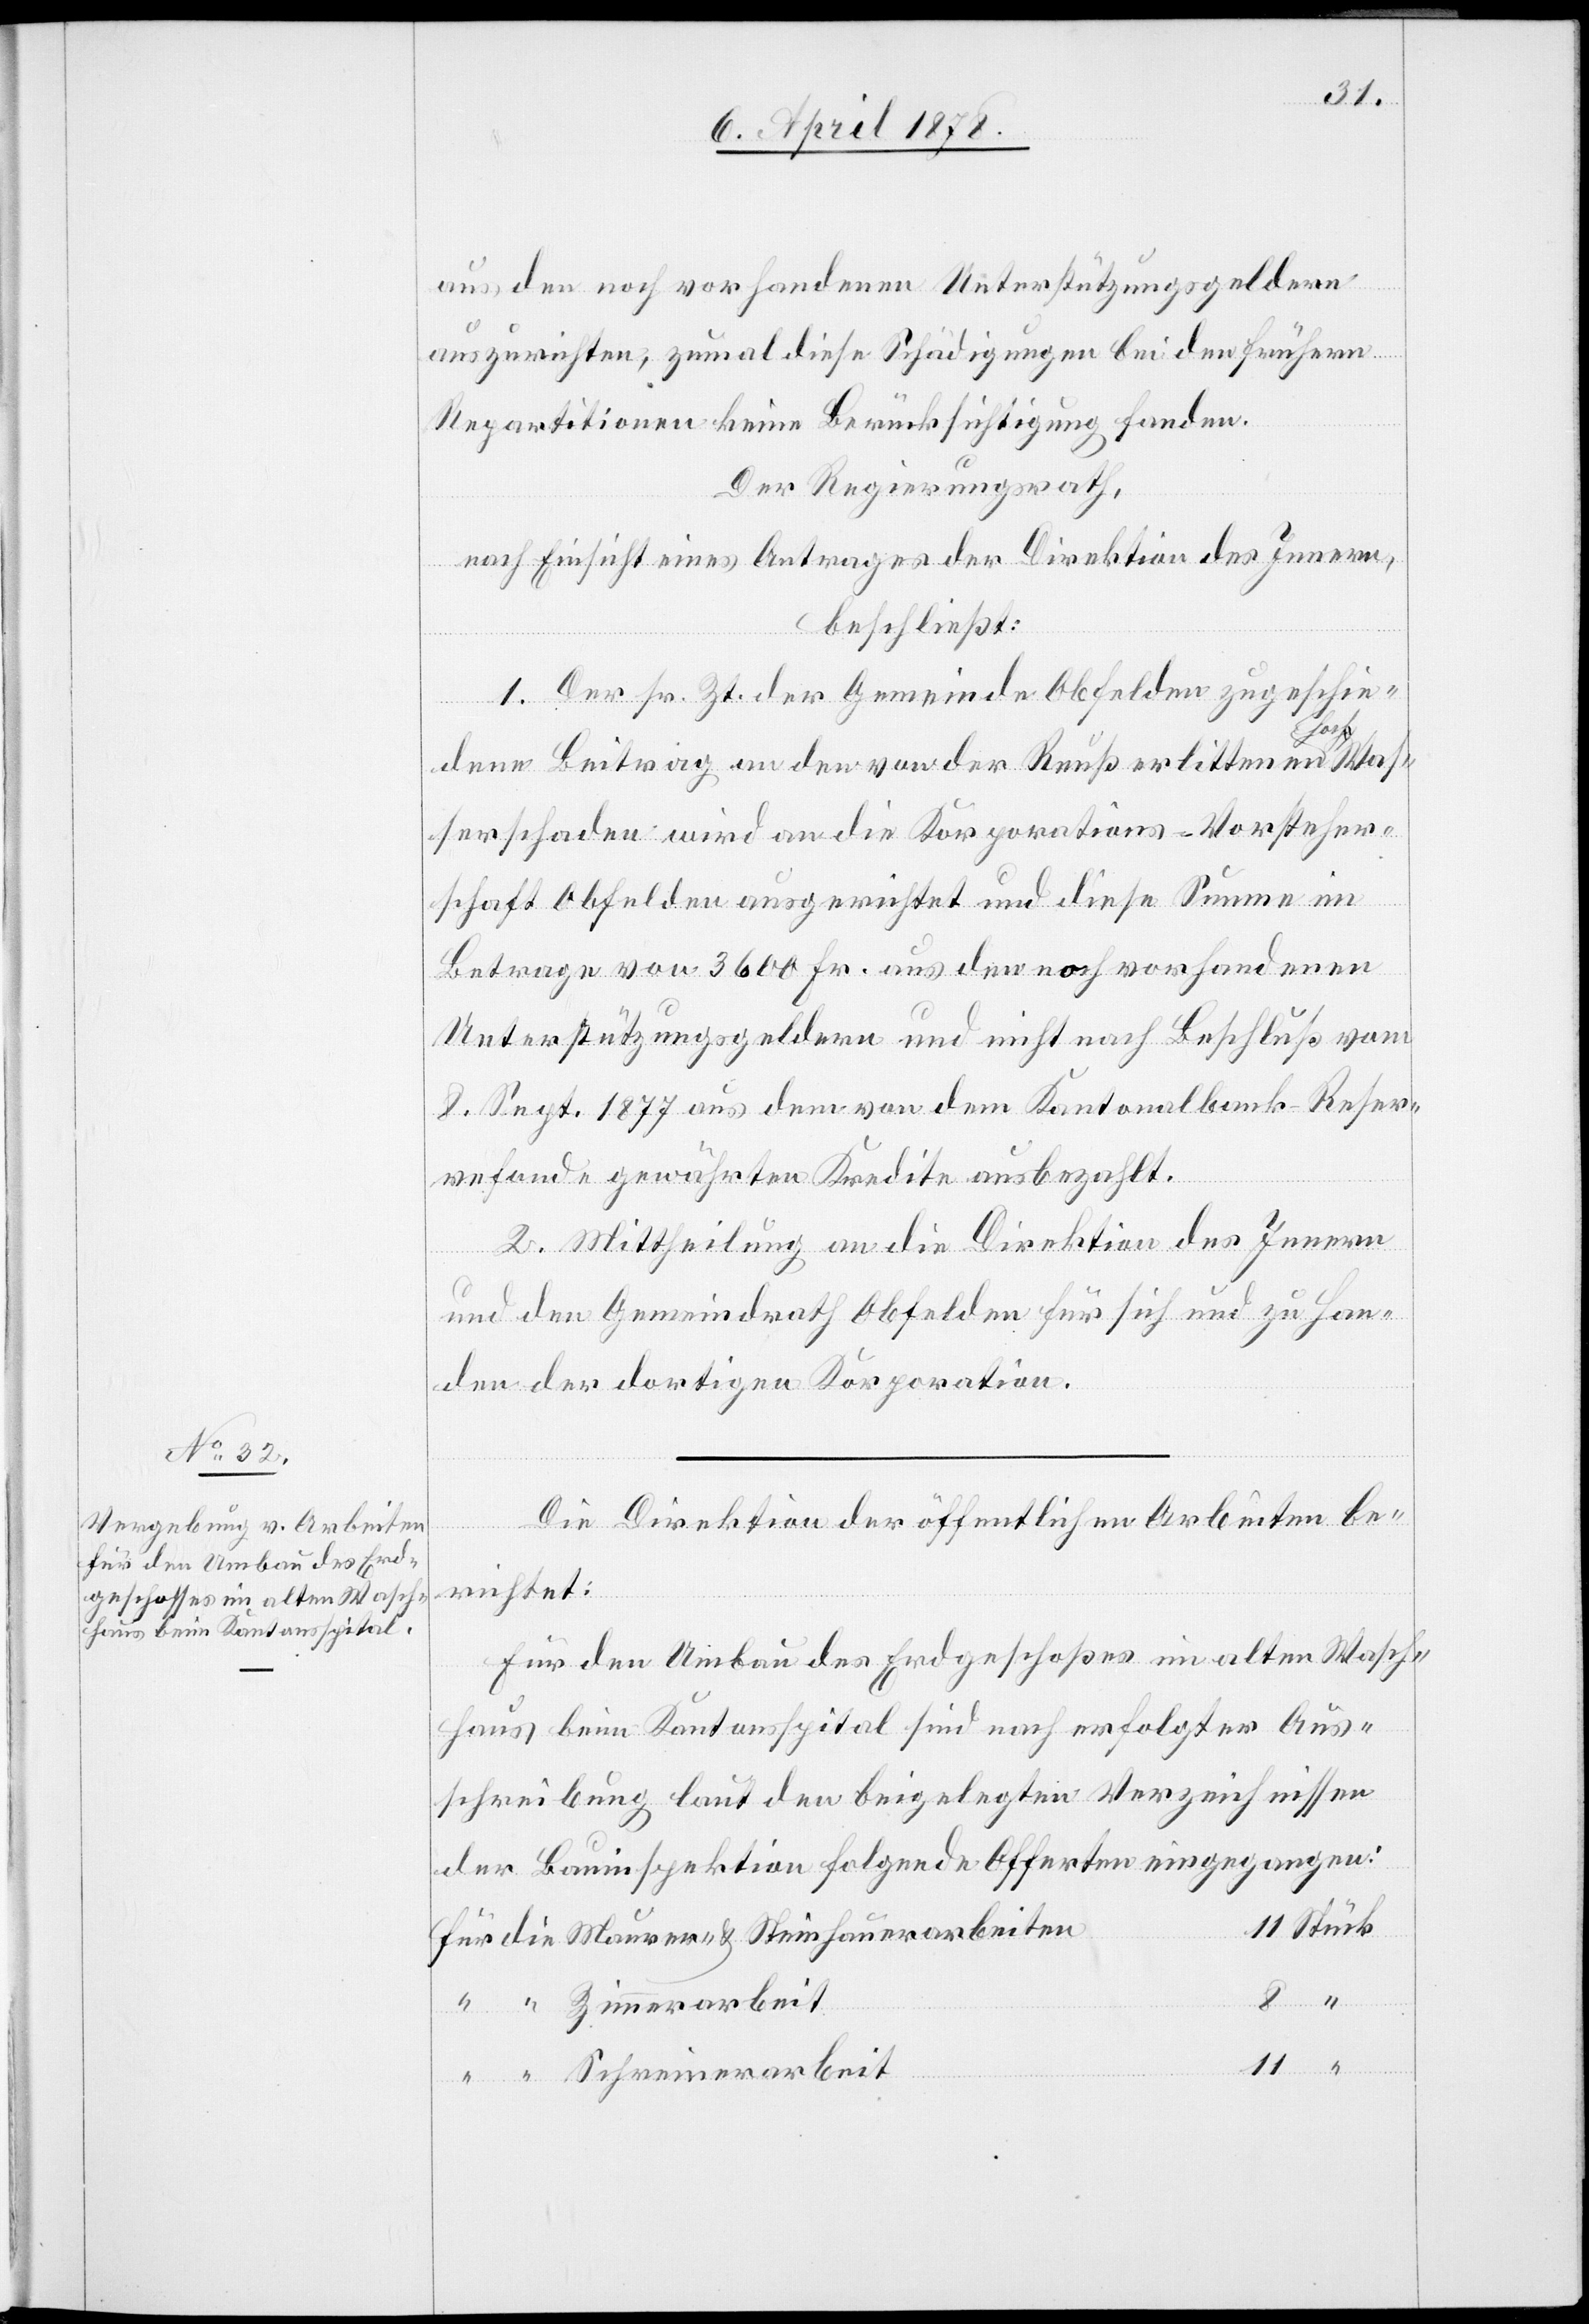
aus den noch vorhandenen Unterstützungsgeldern
auszurichten, zumal diese Schädigungen bei den frühern
Repartitionen keine Berücksichtigung fanden.
Der Regierungsrath,
nach Einsicht eines Antrages der Direktion des Innern,
beschließt:
1. Der sr. Zt. der Gemeinde Obfelden zugeschie¬
rar¬
beit
dene Beitrag an den von der Reuß erlittenen Hochwas¬
serschaden wird an die Korporations-Vorsteher¬
schaft Obfelden ausgerichtet und diese Summe im
Betrage von 3600 Fr. aus den noch vorhandenen
Unterstützungsgeldern und nicht nach Beschluß vom
8. Sept. 1877 aus dem von dem Kantonalbank-Reser¬
vefonde gewährten Kredite ausbezahlt.
2. Mittheilung an die Direktion des Innern
und den Gemeindrath Obfelden für sich und zu Han¬
den der dortigen Korporation.
Die Direktion der öffentlichen Arbeiten be¬
eine¬
richtet:
Für den Umbau des Erdgeschoßes im alten Wasch¬
haus beim Kantonsspital sind nach erfolgter Aus¬
schreibung laut den beigelegten Verzeichnissen
der Bauinspektion folgende Offerten eingegangen:
Stück